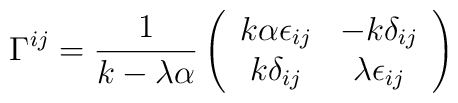
\Gamma^{ij} =  \frac{1}{k - \lambda \alpha}\left( \begin{array}{cc}k \alpha \epsilon_{ij} & - k \delta_{ij} \\ k \delta_{ij}  & \lambda \epsilon_{ij} \end{array}\right)